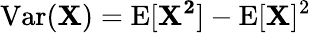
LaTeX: \operatorname{Var}(\mathbf{X})=\mathrm{E}[\mathbf{X^{2}}]-\mathrm{E}[\mathbf{X}]^{2}